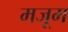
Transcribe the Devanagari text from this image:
मजूम